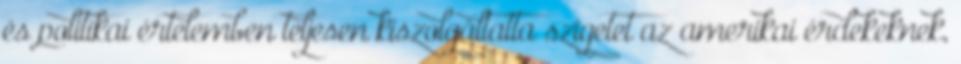
és politikai értelemben teljesen kiszolgáltatta szigetet az amerikai érdekeknek,